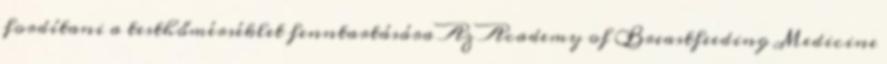
fordítani a testhőmérséklet fenntartására Az Academy of Breastfeeding Medicine